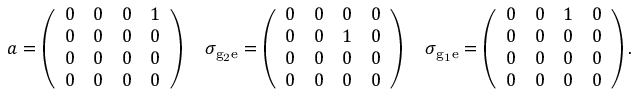
a = \left( \begin{array} { l l l l } { 0 } & { 0 } & { 0 } & { 1 } \\ { 0 } & { 0 } & { 0 } & { 0 } \\ { 0 } & { 0 } & { 0 } & { 0 } \\ { 0 } & { 0 } & { 0 } & { 0 } \end{array} \right) \quad \sigma _ { \mathrm { { g } _ { 2 } \mathrm { { e } } } } = \left( \begin{array} { l l l l } { 0 } & { 0 } & { 0 } & { 0 } \\ { 0 } & { 0 } & { 1 } & { 0 } \\ { 0 } & { 0 } & { 0 } & { 0 } \\ { 0 } & { 0 } & { 0 } & { 0 } \end{array} \right) \quad \sigma _ { \mathrm { { g } _ { 1 } \mathrm { { e } } } } = \left( \begin{array} { l l l l } { 0 } & { 0 } & { 1 } & { 0 } \\ { 0 } & { 0 } & { 0 } & { 0 } \\ { 0 } & { 0 } & { 0 } & { 0 } \\ { 0 } & { 0 } & { 0 } & { 0 } \end{array} \right) .